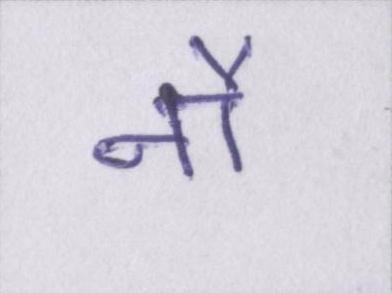
नौ